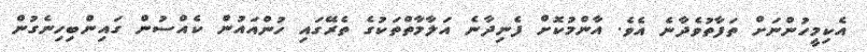
އެކިމީހުންނަށް ތަފާތުވެދާނެ އެވެ. އާންމުކޮށް ފެނިދާނެ އަލާމާތްތަކުގެ ތެރޭގައި ހުންއައުން ކެއްސުން ގައިންބިހިނެގުން